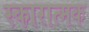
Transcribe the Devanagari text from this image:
स्कारात्मक